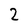
Character: 2